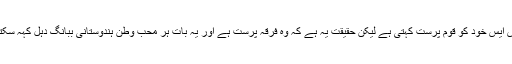
آر ایس ایس خود کو قوم پرست کہتی ہے لیکن حقیقت یہ ہے کہ وہ فرقہ پرست ہے اور یہ بات ہر محب وطن ہندوستانی ببانگ دہل کہہ سکتا ہے۔